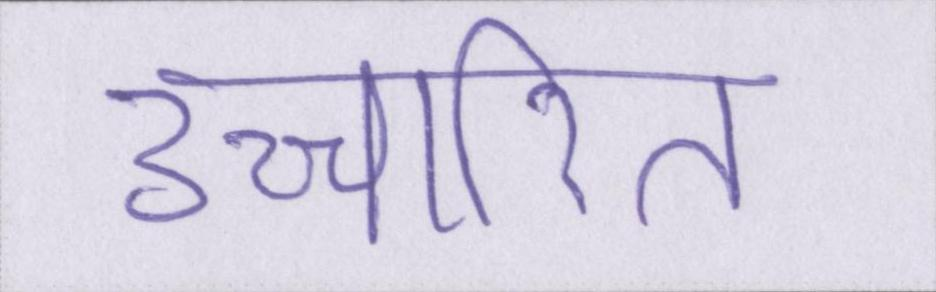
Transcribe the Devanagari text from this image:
उच्चारित